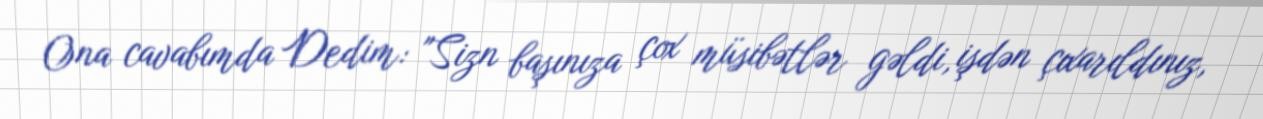
Ona cavabımda Dedim: "Sizn başınıza çox müsibətlər gəldi, işdən çıxarıldınız,